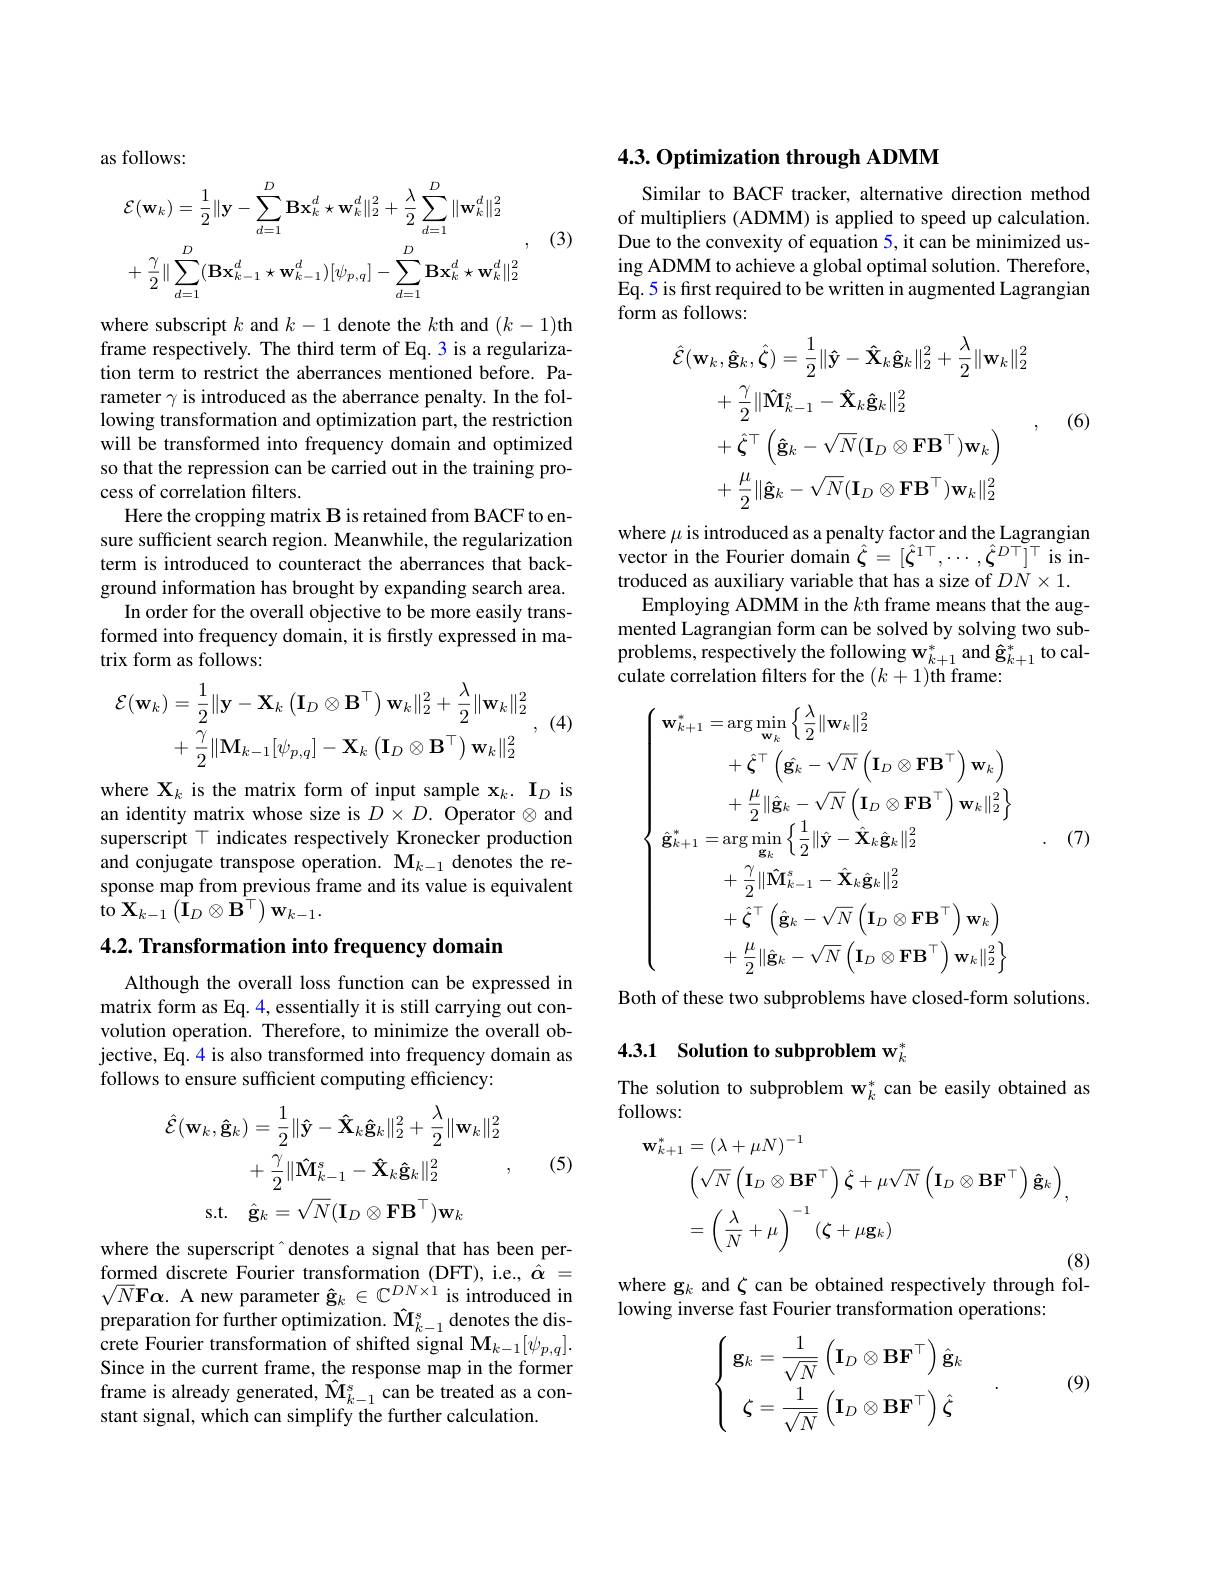
as follows:

(3)
$$\mathcal{E}(\mathbf{w}_{k})=\frac{1}{2}\|\mathbf{y}-\sum_{d=1}^{D}\mathbf{B}\mathbf{x}_{k}^{d}\star\mathbf{w}_{k}^{d}\|_{2}^{2}+\frac{\lambda}{2}\sum_{d=1}^{D}\|\mathbf{w}_{k}^{d}\|_{2}^{2}\\+\frac{\gamma}{2}\|\sum_{d=1}^{D}(\mathbf{Bx}_{k-1}^{d}\star\mathbf{w}_{k-1}^{d})[\psi_{p,q}]-\sum_{d=1}^{D}\mathbf{Bx}_{k}^{d}\star\mathbf{w}_{k}^{d}\|_{2}^{2}$$
where subscript $k$ and $k-1$ denote the $k$th and $(k-1)$th frame respectively. The third term of Eq.3 is a regularization term to restrict the aberrances mentioned before. Parameter $\gamma$ is introduced as the aberrance penalty. In the following transformation and optimization part, the restriction will be transformed into frequency domain and optimized so that the repression can be carried out in the training process of correlation filters.
Here the cropping matrix B is retained from BACF to ensure sufficient search region. Meanwhile, the regularization term is introduced to counteract the aberrances that background information has brought by expanding search area.
In order for the overall objective to be more easily transformed into frequency domain, it is firstly expressed in matrix form as follows:
$$\begin{aligned}\mathcal{E}(\mathbf{w}_{k})&=\frac{1}{2}\|\mathbf{y}-\mathbf{X}_{k}\left(\mathbf{I}_{D}\otimes\mathbf{B}^{\top}\right)\mathbf{w}_{k}\|_{2}^{2}+\frac{\lambda}{2}\|\mathbf{w}_{k}\|_{2}^{2}\\&+\frac{\gamma}{2}\|\mathbf{M}_{k-1}[\psi_{p,q}]-\mathbf{X}_{k}\left(\mathbf{I}_{D}\otimes\mathbf{B}^{\top}\right)\mathbf{w}_{k}\|_{2}^{2}\end{aligned}$$
where X$_k$ is the matrix form of input sample $\mathbf{x}_k.\textbf{I}_D$ is an identity matrix whose size is $D\times D.$ Operator $\otimes$ and superscript T indicates respectively Kronecker production and conjugate transpose operation. $\mathbf{M}_{k-1}$ denotes the response map from previous frame and its value is equivalent ${\hat{\text{to }}\mathbf{X}}_{k-1}\left({\hat{\mathbf{I}}}_{D}\otimes{\hat{\mathbf{B}}^{\top}}\right){\mathbf{w}}_{k-1}.$

$4. 2. \textbf{ Transformation into frequency domain}$

Although the overall loss function can be expressed in matrix form as Eq. 4, essentially it is still carrying out convolution operation. Therefore, to minimize the overall objective, Eq. 4 is also transformed into frequency domain as follows to ensure sufficient computing efficiency:
$$\begin{aligned}\hat{\mathcal{E}}(\mathbf{w}_{k},\mathbf{\hat{g}}_{k})&=\frac{1}{2}\|\mathbf{\hat{y}}-\mathbf{\hat{X}}_{k}\mathbf{\hat{g}}_{k}\|_{2}^{2}+\frac{\lambda}{2}\|\mathbf{w}_{k}\|_{2}^{2}\\&+\frac{\gamma}{2}\|\mathbf{\hat{M}}_{k-1}^{s}-\mathbf{\hat{X}}_{k}\mathbf{\hat{g}}_{k}\|_{2}^{2}\quad,\\\mathrm{s.t.}&\hat{\mathbf{g}}_{k}=\sqrt{N}(\mathbf{I}_{D}\otimes\mathbf{F}\mathbf{B}^{\top})\mathbf{w}_{k}\end{aligned}$$
(5)

where the superscript[INDEX] denotes a signal that has been performed discrete Fourier transformation (DFT), i.e., $\hat{\alpha}=$ $\sqrt{N}\mathbf{F}\boldsymbol{\alpha}.$ A new parameter $\hat\mathbf{g}_k\in\mathbb{C}^{DN\times1}$ is introduced in preparation for further optimization. $\hat{\mathbf{M}}_{k-1}^{s}$ denotes the discrete Fourier transformation of shifted signal M$_k-1[\psi_{p,q}].$ Since in the current frame, the response map in the former frame is already generated, $\hat{\mathbf{M}}_{k-1}^{s}$can be treated as a constant signal, which can simplify the further calculation.

### 4.3. Optimization through ADMM

Similar to BACF tracker, alternative direction method of multipliers (ADMM) is applied to speed up calculation. Due to the convexity of equation 5, it can be minimized using ADMM to achieve a global optimal solution. Therefore, Eq.5 is frst required to be written in augmented Lagrangian form as follows:
$$\begin{aligned}\hat{\mathcal{E}}(\mathbf{w}_{k},\mathbf{\hat{g}}_{k},\hat{\boldsymbol{\zeta}})&=\frac{1}{2}\|\mathbf{\hat{y}}-\mathbf{\hat{X}}_{k}\mathbf{\hat{g}}_{k}\|_{2}^{2}+\frac{\lambda}{2}\|\mathbf{w}_{k}\|_{2}^{2}\\&+\frac{\gamma}{2}\|\mathbf{\hat{M}}_{k-1}^{s}-\mathbf{\hat{X}}_{k}\mathbf{\hat{g}}_{k}\|_{2}^{2}\\&+\hat{\boldsymbol{\zeta}}^{\top}\left(\mathbf{\hat{g}}_{k}-\sqrt{N}(\mathbf{I}_{D}\otimes\mathbf{F}\mathbf{B}^{\top})\mathbf{w}_{k}\right)\\&+\frac{\mu}{2}\|\mathbf{\hat{g}}_{k}-\sqrt{N}(\mathbf{I}_{D}\otimes\mathbf{F}\mathbf{B}^{\top})\mathbf{w}_{k}\|_{2}^{2}\end{aligned}$$
(6)

where $\mu$ is introduced as a penalty factor and the Lagrangian vector in the Fourier domain $\hat{\zeta}=[\hat{\zeta}^{1\top},\cdots,\hat{\zeta}^{D\top}]^{\top}$ is introduced as auxiliary variable that has a size of $DN\times1.$ Employing ADMM in the $k$th frame means that the augmented Lagrangian form can be solved by solving two subproblems, respectively the following w$_k+1^*$ and $\hat{\mathbf{g}}_{k+1}^*$ to calculate correlation filters for the $(k+1)$th frame:
$$\begin{aligned}\mathbf{w}_{k+1}^{*}&=\arg\min_{\mathbf{w}_{k}}\Big\{\frac{\lambda}{2}\|\mathbf{w}_{k}\|_{2}^{2}\\&+\hat{\boldsymbol{\zeta}}^{\top}\left(\hat{\mathbf{g}}_{k}-\sqrt{N}\left(\mathbf{I}_{D}\otimes\mathbf{F}\mathbf{B}^{\top}\right)\mathbf{w}_{k}\right)\\&+\frac{\mu}{2}\|\hat{\mathbf{g}}_{k}-\sqrt{N}\left(\mathbf{I}_{D}\otimes\mathbf{F}\mathbf{B}^{\top}\right)\mathbf{w}_{k}\|_{2}^{2}\Big\}\\\mathbf{\hat{g}}_{k+1}^{*}&=\arg\min_{\mathbf{g}_{k}}\Big\{\frac{1}{2}\|\hat{\mathbf{y}}-\hat{\mathbf{X}}_{k}\hat{\mathbf{g}}_{k}\|_{2}^{2}\\&+\frac{\gamma}{2}\|\hat{\mathbf{M}}_{k-1}^{s}-\hat{\mathbf{X}}_{k}\hat{\mathbf{g}}_{k}\|_{2}^{2}\\&+\hat{\boldsymbol{\zeta}}^{\top}\left(\hat{\mathbf{g}}_{k}-\sqrt{N}\left(\mathbf{I}_{D}\otimes\mathbf{F}\mathbf{B}^{\top}\right)\mathbf{w}_{k}\right)\\&+\frac{\mu}{2}\|\mathbf{g}_{k}-\sqrt{N}\left(\mathbf{I}_{D}\otimes\mathbf{F}\mathbf{B}^{\top}\right)\mathbf{w}_{k}\|_{2}^{2}\Big\}\end{aligned}$$
Both of these two subproblems have closed-form solutions.

# 4.3.1 Solution to subproblem w$_k^*$

The solution to subproblem w$_k^*$ can be easily obtained as
follows:
$$\begin{aligned}\mathbf{w}_{k+1}^{*}&=(\lambda+\mu N)^{-1}\\&\left(\sqrt{N}\left(\mathbf{I}_{D}\otimes\mathbf{B}\mathbf{F}^{\top}\right)\hat{\boldsymbol{\zeta}}+\mu\sqrt{N}\left(\mathbf{I}_{D}\otimes\mathbf{B}\mathbf{F}^{\top}\right)\mathbf{\hat{g}}_{k}\right),\\&=\left(\frac{\lambda}{N}+\mu\right)^{-1}(\boldsymbol{\zeta}+\mu\mathbf{g}_{k})\end{aligned}$$
where g$_k$ and $\zeta$ can be obtained respectively through fol-

lowing inverse fast Fourier transformation operations:

(9)
$$\left.\left\{\begin{array}{c}\mathbf{g}_k=\dfrac{1}{\sqrt{N}}\left(\mathbf{I}_D\otimes\mathbf{B}\mathbf{F}^\top\right)\hat{\mathbf{g}}_k\\\\\zeta=\dfrac{1}{\sqrt{N}}\left(\mathbf{I}_D\otimes\mathbf{B}\mathbf{F}^\top\right)\hat{\zeta}\end{array}\right.\right..$$